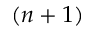
( n + 1 )